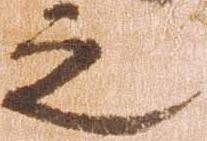
之